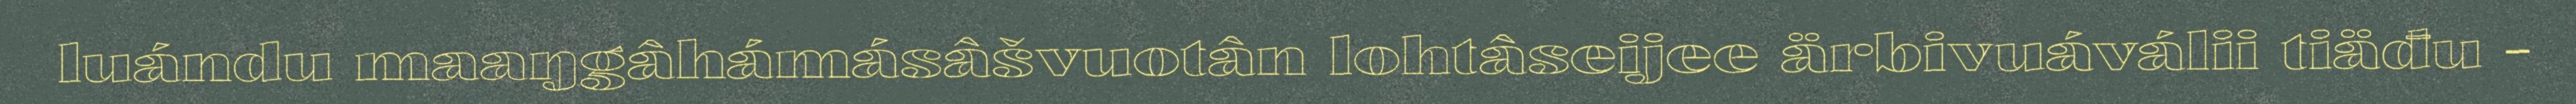
luándu maaŋgâhámásâšvuotân lohtâseijee ärbivuáválii tiäđu -